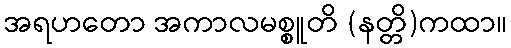
အရဟတော အကာလမစ္စူတိ (နတ္တိ)ကထာ။